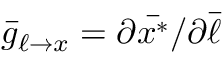
\bar { g } _ { \ell \to x } = \partial \bar { x ^ { \ast } } / \partial \bar { \ell }